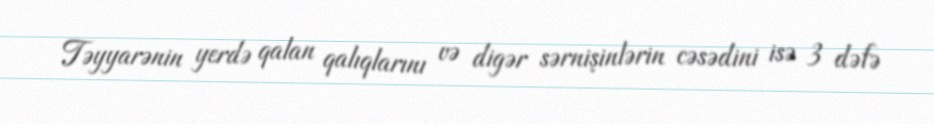
Təyyarənin yerdə qalan qalıqlarını və digər sərnişinlərin cəsədini isə 3 dəfə